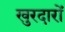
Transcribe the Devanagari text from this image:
खुरदारों